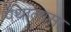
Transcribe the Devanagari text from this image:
पैंथालासा